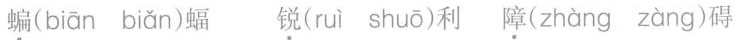
蝙( biān biǎn )蝠 锐( ruì shuō )利 障( zhàng zàng )碍